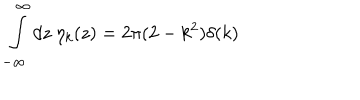
LaTeX: \int _ { - \infty } ^ { \infty } d z ~ \eta _ { k } ( z ) = 2 \pi ( 2 - k ^ { 2 } ) \delta ( k )